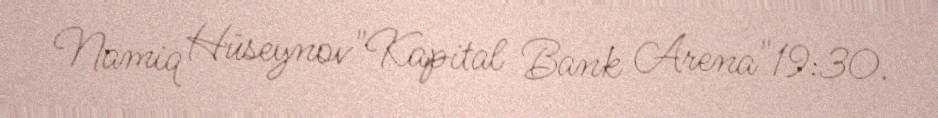
Namiq Hüseynov"Kapital Bank Arena"19:30.